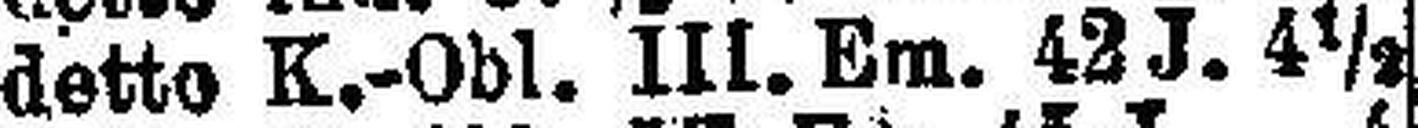
detto K.-Obl. III. Em. 42 J. 4 ½